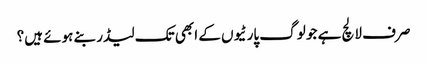
صرف لالچ ہے جو لوگ پارٹیوں کے ابھی تک لیڈر بنے ہوئے ہیں؟